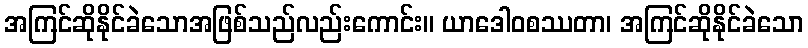
အကြင်ဆိုနိုင်ခဲသောအဖြစ်သည်လည်းကောင်း။ ယာဒေါဝစဿတာ၊ အကြင်ဆိုနိုင်ခဲသော